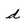
Character: d